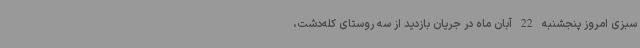
سبزی امروز پنجشنبه 22 آبان ماه در جریان بازدید از سه روستای کله‌دشت،